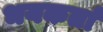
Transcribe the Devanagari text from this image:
भयकर्ता